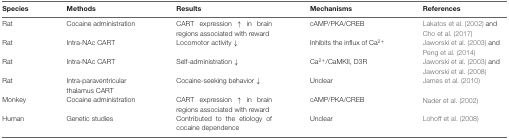
| Species | Methods | Results | Mechanisms | References |
 | --- | --- | --- | --- | --- |
 | Rat | Cocaine administration | CART expression ↑ in brain regions associated with reward | cAMP/PKA/CREB | Lakatos et al. (2002) and Cho et al. (2017) |
 | Rat | Intra-NAc CART | Locomotor activity ↓ | Inhibits the influx of Ca2+ | Jaworski et al. (2003) and Peng et al. (2014) |
 | Rat | Intra-NAc CART | Self-administration ↓ | Ca2+/CaMKII, D3R | Jaworski et al. (2003) and Jaworski et al. (2008) |
 | Rat | Intra-paraventricular thalamus CART | Cocaine-seeking behavior ↓ | Unclear | James et al. (2010) |
 | Monkey | Cocaine administration | CART expression ↑ in brain regions associated with reward | cAMP/PKA/CREB | Nader et al. (2002) |
 | Human | Genetic studies | Contributed to the etiology of cocaine dependence | Unclear | Lohoff et al. (2008) |